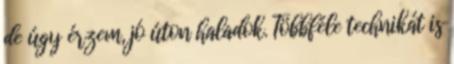
de úgy érzem, jó úton haladok. Többféle technikát is